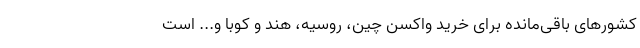
کشورهای باقی‌مانده برای خرید واکسن چین، روسیه، هند و کوبا و... است